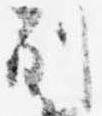
別